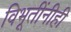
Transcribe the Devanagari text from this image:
विभूतींनीही